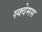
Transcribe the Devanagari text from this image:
स्क्वेमस